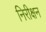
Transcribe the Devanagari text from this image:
निरीक्षन